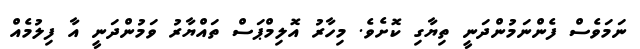
ނަމަވެސް ފެންނަމުންދަނީ ތިޔާގި ކޮށެވެ. މިހާރު އޮލިމްޕަސް ތައްޔާރު ވަމުންދަނީ އާ ފިލުމެއް